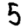
Digit: 5